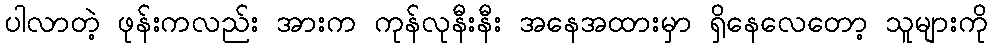
ပါလာတဲ့ ဖုန်းကလည်း အားက ကုန်လုနီးနီး အနေအထားမှာ ရှိနေလေတော့ သူများကို